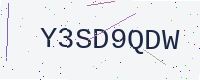
Text: Y3SD9QDW